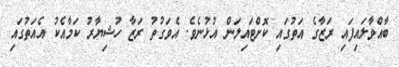
ބާއްވާލައިފައި ރަޒާގެ އަތުގައި ކޮށްޓައިލަން އުޅުނެވެ. އެވަގުތު ރަޒާ ހުޝިޔާރު ކަމާއެކު އެއަތުގައި